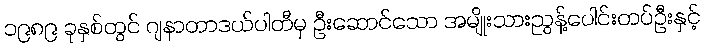
၁၉၈၉ ခုနှစ်တွင် ဂျနာတာဒယ်ပါတီမှ ဦးဆောင်သော အမျိုးသားညွန့်ပေါင်းတပ်ဦးနှင့်